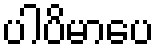
ပါပိမာပေ